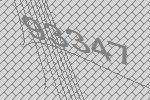
93347